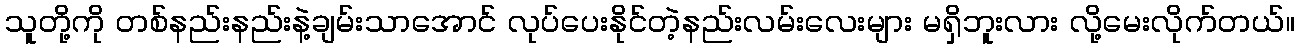
သူတို့ကို တစ်နည်းနည်းနဲ့ချမ်းသာအောင် လုပ်ပေးနိုင်တဲ့နည်းလမ်းလေးများ မရှိဘူးလား လို့မေးလိုက်တယ်။